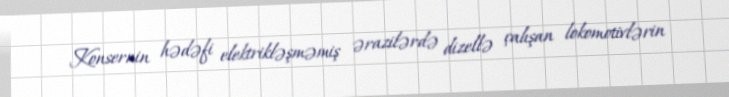
Konsernin hədəfi elektrikləşməmiş ərazilərdə dizellə çalışan lokomotivlərin